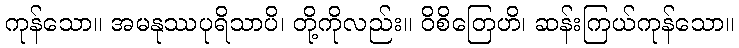
ကုန်သော။ အမနုဿပုရိသာပိ၊ တို့ကိုလည်း။ ဝိစိတြေဟိ၊ ဆန်းကြယ်ကုန်သော။